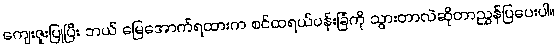
ကျေးဇူးပြုပြီး ဘယ် မြေအောက်ရထားက စင်ထရယ်ပန်းခြံကို သွားတာလဲဆိုတာညွှန်ပြပေးပါ။